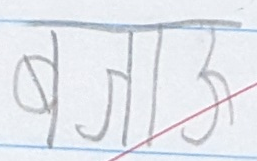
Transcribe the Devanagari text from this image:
बजाऊ